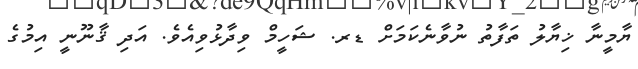
ޔާމީނާ ޚިޔާލު ތަފާތު ނުވާނެކަމަށް ޑރ. ޝަހީމް ވިދާޅުވިއެވެ. އަދި ޤާނޫނީ އިމުގެ